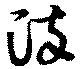
染